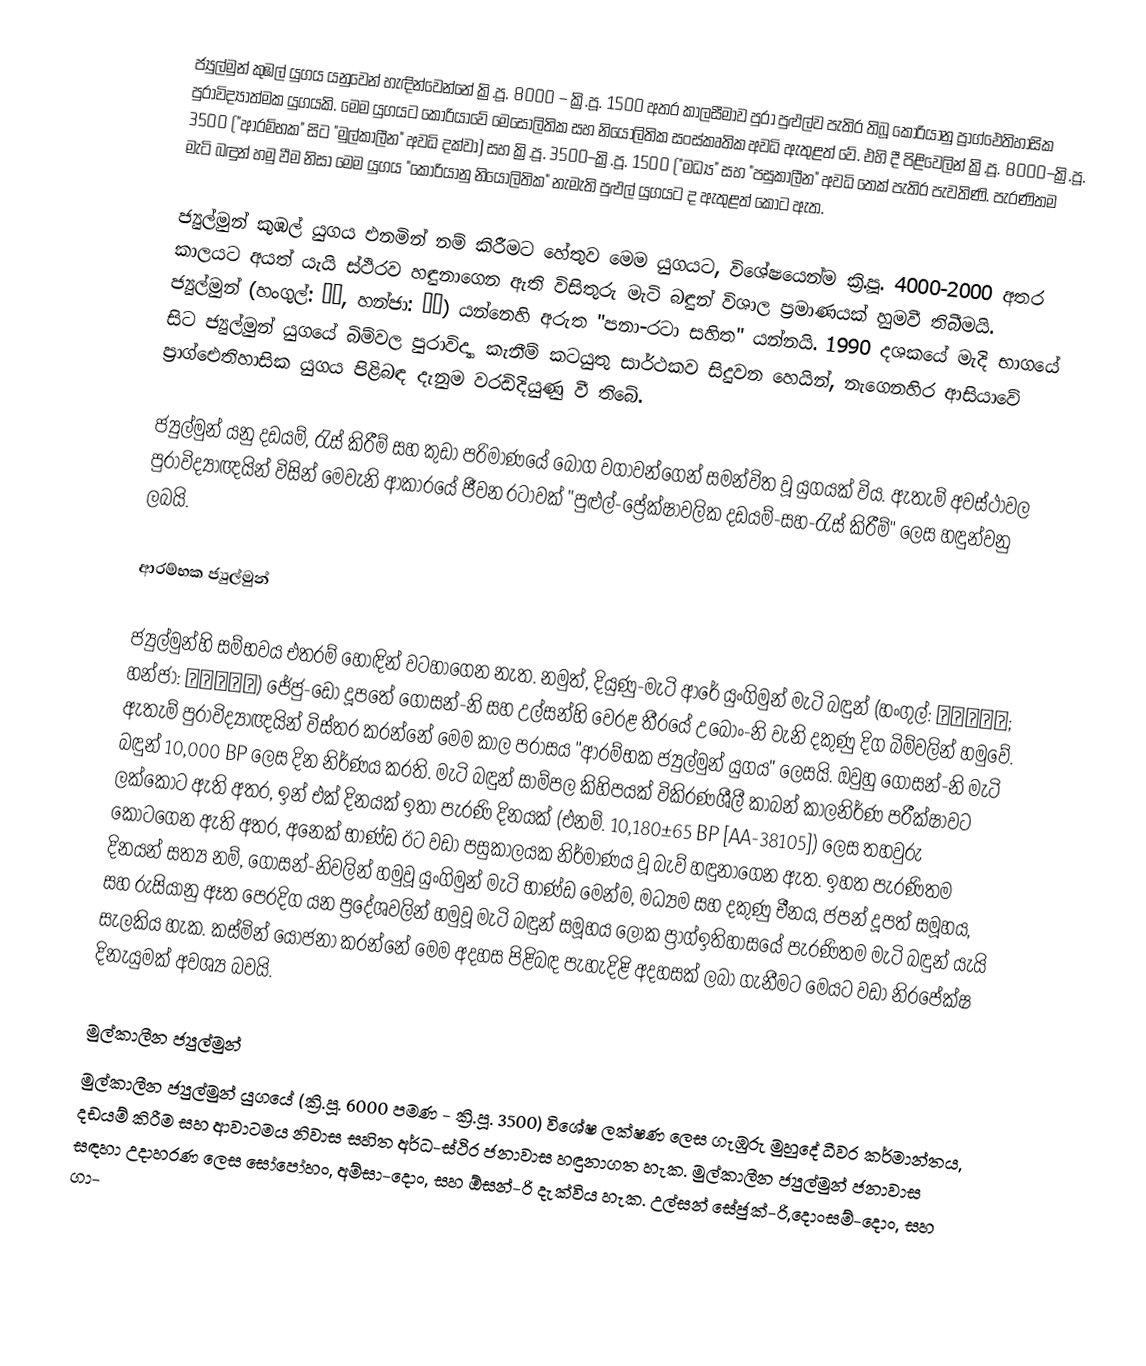
ජ්‍යුල්මුන් කුඹල් යුගය යනුවෙන් හැඳින්වෙන්නේ ක්‍රි.පූ. 8000 – ක්‍රි.පූ. 1500 අතර කාලසීමාව පුරා පුළුල්ව පැතිර තිබූ කොරියානු ප්‍රාග්ඓතිහාසික පුරාවිද්‍යාත්මක යුගයකි. මෙම යුගයට කොරියාවේ මෙසෝලිතික සහ නියෝලිතික සංස්කෘතික අවධි ඇතුළත් වේ.  එහි දී පිළිවෙලින් ක්‍රි.පූ. 8000–ක්‍රි.පූ. 3500 ("ආරම්භක" සිට "මුල්කාලීන" අවධි දක්වා) සහ ක්‍රි.පූ. 3500–ක්‍රි.පූ. 1500 ("මධ්‍ය" සහ "පසුකාලීන" අවධි තෙක් පැතිර පැවතිණි. පැරණිතම මැටි බඳුන් හමු වීම නිසා මෙම යුගය "කොරියානු නියෝලිතික" නැමැති පුළුල් යුගයට ද ඇතුළත් කොට ඇත.

ජ්‍යුල්මුන් කුඹල් යුගය එනමින් නම් කිරීමට හේතුව මෙම යුගයට, විශේෂයෙන්ම ක්‍රි.පූ. 4000-2000 අතර කාලයට අයත් යැයි ස්ථිරව හඳුනාගෙන ඇති විසිතුරු මැටි බඳුන් විශාල ප්‍රමාණයක් හුමවී තිබීමයි. ජ්‍යුල්මුන් (හංගුල්: 즐문, හන්ජා: 櫛文) යන්නෙහි අරුත "පනා-රටා සහිත" යන්නයි. 1990 දශකයේ මැදි භාගයේ සිට ජ්‍යුල්මුන් යුගයේ බිම්වල පුරාවිද්‍යා කැනීම් කටයුතු සාර්ථකව සිදුවන හෙයින්, නැගෙනහිර ආසියාවේ ප්‍රාග්ඓතිහාසික යුගය පිළිබඳ දැනුම වරඩිදියුණු වී තිබේ.

ජ්‍යුල්මුන් යනු දඩයම්, රැස් කිරීම් සහ කුඩා පරිමාණයේ බෝග වගාවන්ගෙන් සමන්විත වූ යුගයක් විය. ඇතැම් අවස්ථාවල පුරාවිද්‍යාඥයින් විසින් මෙවැනි ආකාරයේ ජීවන රටාවක් "පුළුල්-ප්‍රේක්ෂාවලික දඩයම්-සහ-රැස් කිරීම්" ලෙස හඳුන්වනු ලබයි.

ආරම්භක ජ්‍යුල්මුන්

ජ්‍යුල්මුන්හි සම්භවය එතරම් හොඳින් වටහාගෙන නැත. නමුත්, දියුණු-මැටි ආරේ යුංගිමුන් මැටි බඳුන් (හංගුල්: 융기문토기; හන්ජා: 隆起文土器) ජේජු-ඩෝ දූපතේ ගෝසන්-නි සහ උල්සන්හි වෙරළ තීරයේ උබොං-නි වැනි දකුණු දිග බිම්වලින් හමුවේ. ඇතැම් පුරාවිද්‍යාඥයින් විස්තර කරන්නේ මෙම කාල පරාසය "ආරම්භක ජ්‍යුල්මුන් යුගය" ලෙසයි. ඔවුහු ගෝසන්-නි මැටි බඳුන් 10,000 BP ලෙස දින නිර්ණය කරති. මැටි බඳුන් සාම්පල කිහිපයක් විකිරණශීලී කාබන් කාලනිර්ණ පරීක්ෂාවට ලක්කොට ඇති අතර, ඉන් එක් දිනයක් ඉතා පැරණි දිනයක් (එනම්. 10,180±65 BP [AA-38105]) ලෙස තහවුරු කොටගෙන ඇති අතර, අනෙක් භාණ්ඩ ඊට වඩා පසුකාලයක නිර්මාණය වූ බැව් හඳුනාගෙන ඇත. ඉහත පැරණිතම දිනයන් සත්‍ය නම්, ගෝසන්-නිවලින් හමුවූ යුංගිමුන් මැටි භාණ්ඩ මෙන්ම, මධ්‍යම සහ දකුණු චීනය, ජපන් දූපත් සමූහය, සහ රුසියානු ඈත පෙරදිග යන ප්‍රදේශවලින් හමුවූ මැටි බඳුන් සමූහය ලෝක ප්‍රාග්ඉතිහාසයේ පැරණිතම මැටි බඳුන් යැයි සැලකිය හැක. කස්මින් යෝජනා කරන්නේ මෙම අදහස පිළිබඳ පැහැදිළි අදහසක් ලබා ගැනීමට මෙයට වඩා නිරපේක්ෂ දිනැයුමක් අවශ්‍ය බවයි.

මුල්කාලීන ජ්‍යුල්මුන්
මුල්කාලීන ජ්‍යුල්මුන් යුගයේ (ක්‍රි.පූ. 6000 පමණ - ක්‍රි.පූ. 3500) විශේෂ ලක්ෂණ ලෙස ගැඹුරු මුහුදේ ධීවර කර්මාන්තය, දඩයම් කිරීම සහ ආවාටමය නිවාස සහිත අර්ධ-ස්ථිර ජනාවාස හඳුනාගත හැක. මුල්කාලීන ජ්‍යුල්මුන් ජනාවාස සඳහා උදාහරණ ලෙස සෝපෝහං, අම්සා-දොං, සහ ඕසන්-රි දැක්විය හැක. උල්සන් සේජුක්-රි,දොංසම්-දොං, සහ ගා-